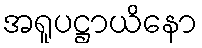
အရူပဋ္ဌာယိနော